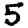
Digit: 5